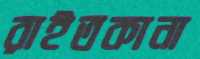
রাইতকানা